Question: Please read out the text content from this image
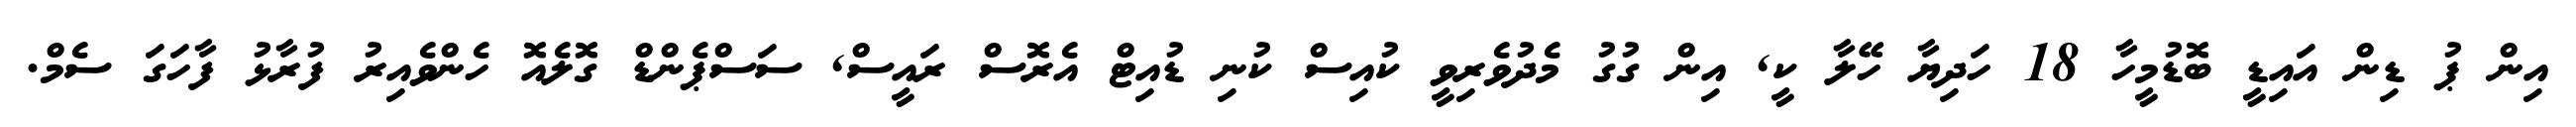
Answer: އިން ޕު ޑިން އައިޑީ ބޮޑުމީހާ 18 ހަދިޔާ ހޭލާ ކީ, އިން ގުގު މެދުވެރިވީ ކުއިސް ކުނި ޑުއިޓް އެރޮސް ރައީސް, ސަސްޕެންޑް ގޮލެއޮ ހެންވެއިރު ފުރާޅު ފާހަގަ ސެމް.